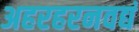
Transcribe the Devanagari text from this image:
अहरहरनवद्यं